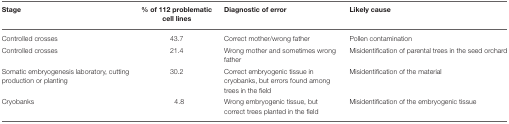
| Stage | % of 112 problematic cell lines | Diagnostic of error | Likely cause |
 | --- | --- | --- | --- |
 | Controlled crosses | 43.7 | Correct mother/wrong father | Pollen contamination |
 | Controlled crosses | 21.4 | Wrong mother and sometimes wrong father | Misidentification of parental trees in the seed orchard |
 | Somatic embryogenesis laboratory, cutting production or planting | 30.2 | Correct embryogenic tissue in cryobanks, but errors found among trees in the field | Misidentification of the material |
 | Cryobanks | 4.8 | Wrong embryogenic tissue, but correct trees planted in the field | Misidentification of the embryogenic tissue |